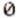
0